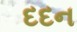
દદન